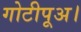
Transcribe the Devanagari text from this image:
गोटीपूअ।